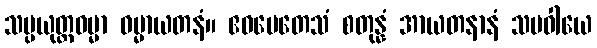
သမ္ပယုတ္တဓမ္မာ ဓမ္မာယတနံ။ ဧဝမေတေသံ စတုန္နံ အာယတနာနံ သမဝါယေ